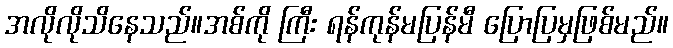
အလိုလိုသိနေသည်။အစ်ကို ကြီး ရန်ကုန်မပြန်မီ ပြောပြမှဖြစ်မည်။